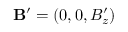
\mathbf { B } ^ { \prime } = ( 0 , 0 , B _ { z } ^ { \prime } )